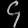
Digit: ၄